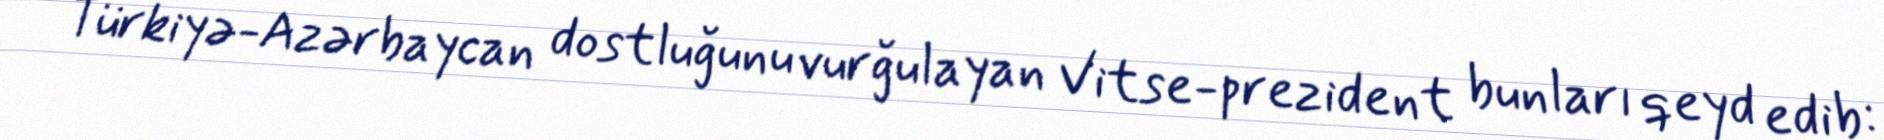
Türkiyə-Azərbaycan dostluğunu vurğulayan Vitse-prezident bunları qeyd edib: